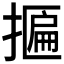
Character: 𢴂